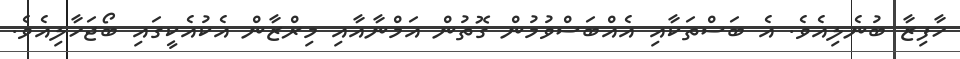
ހާފިޒާ ބުނެލިއެވެ. އެ ބަސްތަކާއި އެއްބަސްވުމުން ގޮތުން އަމްނާއާއި މިރްޒާން އެކުއެކީގައި ބޯޖަހާލިއެވެ.